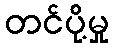
တင်ပို့မှု